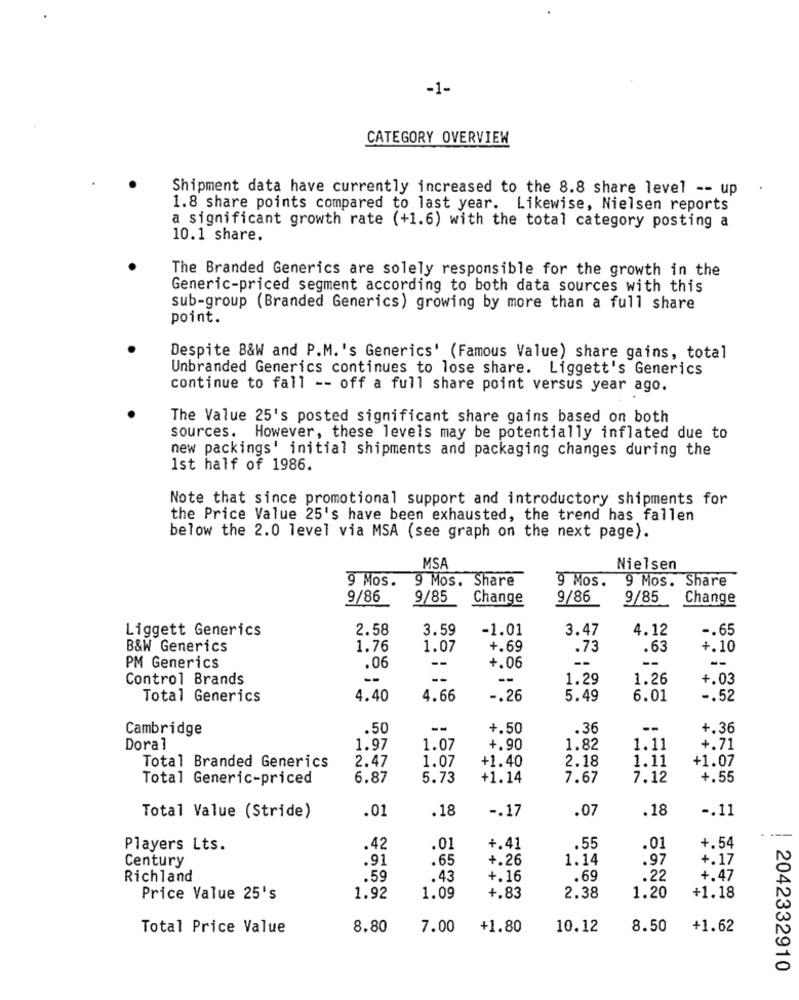
-1-
CATEGORY OVERVIEW
Shipment data have currently increased to the 8.8 share level -- up
1.8 share points compared to last year. Likewise, Nielsen reports
a significant growth rate (+1.6) with the total category posting a
10.1 share.
The Branded Generics are solely responsible for the growth in the
Generic-priced segment according to both data sources with this
sub-group (Branded Generics) growing by more than a full share
point.
Despite B&W and P.M.'s Generics' (Famous Value) share gains, total
Unbranded Generics continues to lose share. Liggett's Generics
continue to fall -- off a full share point versus year ago.
The Value 25's posted significant share gains based on both
sources. However, these levels may be potentially inflated due to
new packings' initial shipments and packaging changes during the
1st half of 1986.
Note that since promotional support and introductory shipments for
the Price Value 25's have been exhausted, the trend has fallen
below the 2.0 level via MSA (see graph on the next page).
MSA
Nielsen
9 Mos.
9 Mos. Share
9 Mos.
9 Mos. Share
9/86
9/85
Change
9/86
9/85
Change
Liggett Generics
2.58
3.59
-1.01
3.47
4.12
-. 65
B&W Generics
1.76
1.07
+.69
.73
.63
+.10
--
--
PM Generics
.06
+.06
--
Control Brands
--
--
--
1.29
1.26
+.03
Total Generics
4.40
4.66
-. 26
5.49
6.01
-. 52
Cambridge
.50
--
+.50
.36
--
+.36
Doral
1.97
1.07
+.90
1.82
1.11
+.71
+1.40
2.18
1.11
+1.07
Total Branded Generics
2.47
1.07
Total Generic-priced
6.87
5.73
+1.14
7.67
7.12
+.55
.18
-. 17
.07
.18
-. 11
Total Value (Stride)
.01
---
Players Lts.
.42
.01
+.41
.55
.01
+.54
Century
.91
.65
+.26
1.14
.97
+.17
Richland
.59
.43
+.16
.69
.22
+.47
Price Value 25's
1.92
1.09
+.83
2.38
1.20
+1.18
Total Price Value
8.80
7.00
+1.80
10.12
8.50
+1.62
2042332910